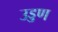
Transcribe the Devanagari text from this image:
उड्डण